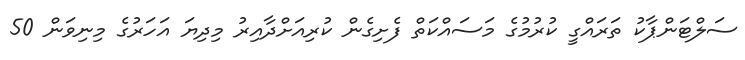
ސަލްޓަންޕާކު ތަރައްގީ ކުރުމުގެ މަސައްކަތް ފެށިގެން ކުރިއަށްދާއިރު މިދިޔަ އަހަރުގެ މިނިވަން 50